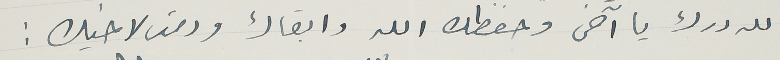
لله درك يا آخى وحفظك الله وابقاك ودمت لاخيك :